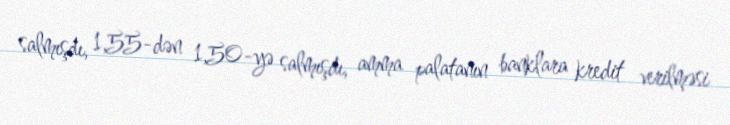
salmışdı, 1,55-dən 1,50-yə salmışdı, amma palatanın banklara kredit verilməsi